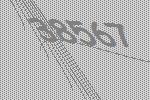
38567